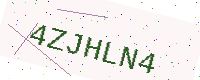
Text: 4ZJHLN4